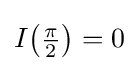
{\textstyle I{\left({\frac {\pi }{2}}\right)}=0}